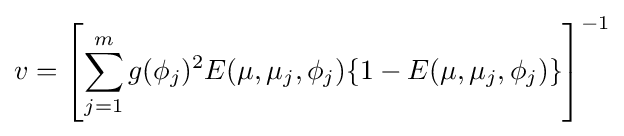
v=\left[\sum _{j=1}^{m}g(\phi _{j})^{2}E(\mu ,\mu _{j},\phi _{j})\{1-E(\mu ,\mu _{j},\phi _{j})\}\right]^{-1}